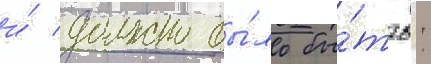
и́ должно бы́ло бы́ть: